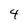
Character: 4